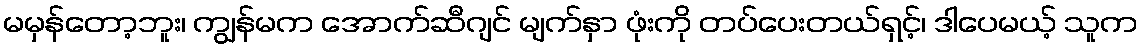
မမှန်တော့ဘူး၊ ကျွန်မက အောက်ဆီဂျင် မျက်နှာ ဖုံးကို တပ်ပေးတယ်ရှင့်၊ ဒါပေမယ့် သူက